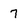
Character: 7